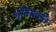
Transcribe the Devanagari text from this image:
भूमिसंपत्ति